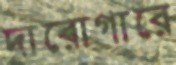
দারোগারে